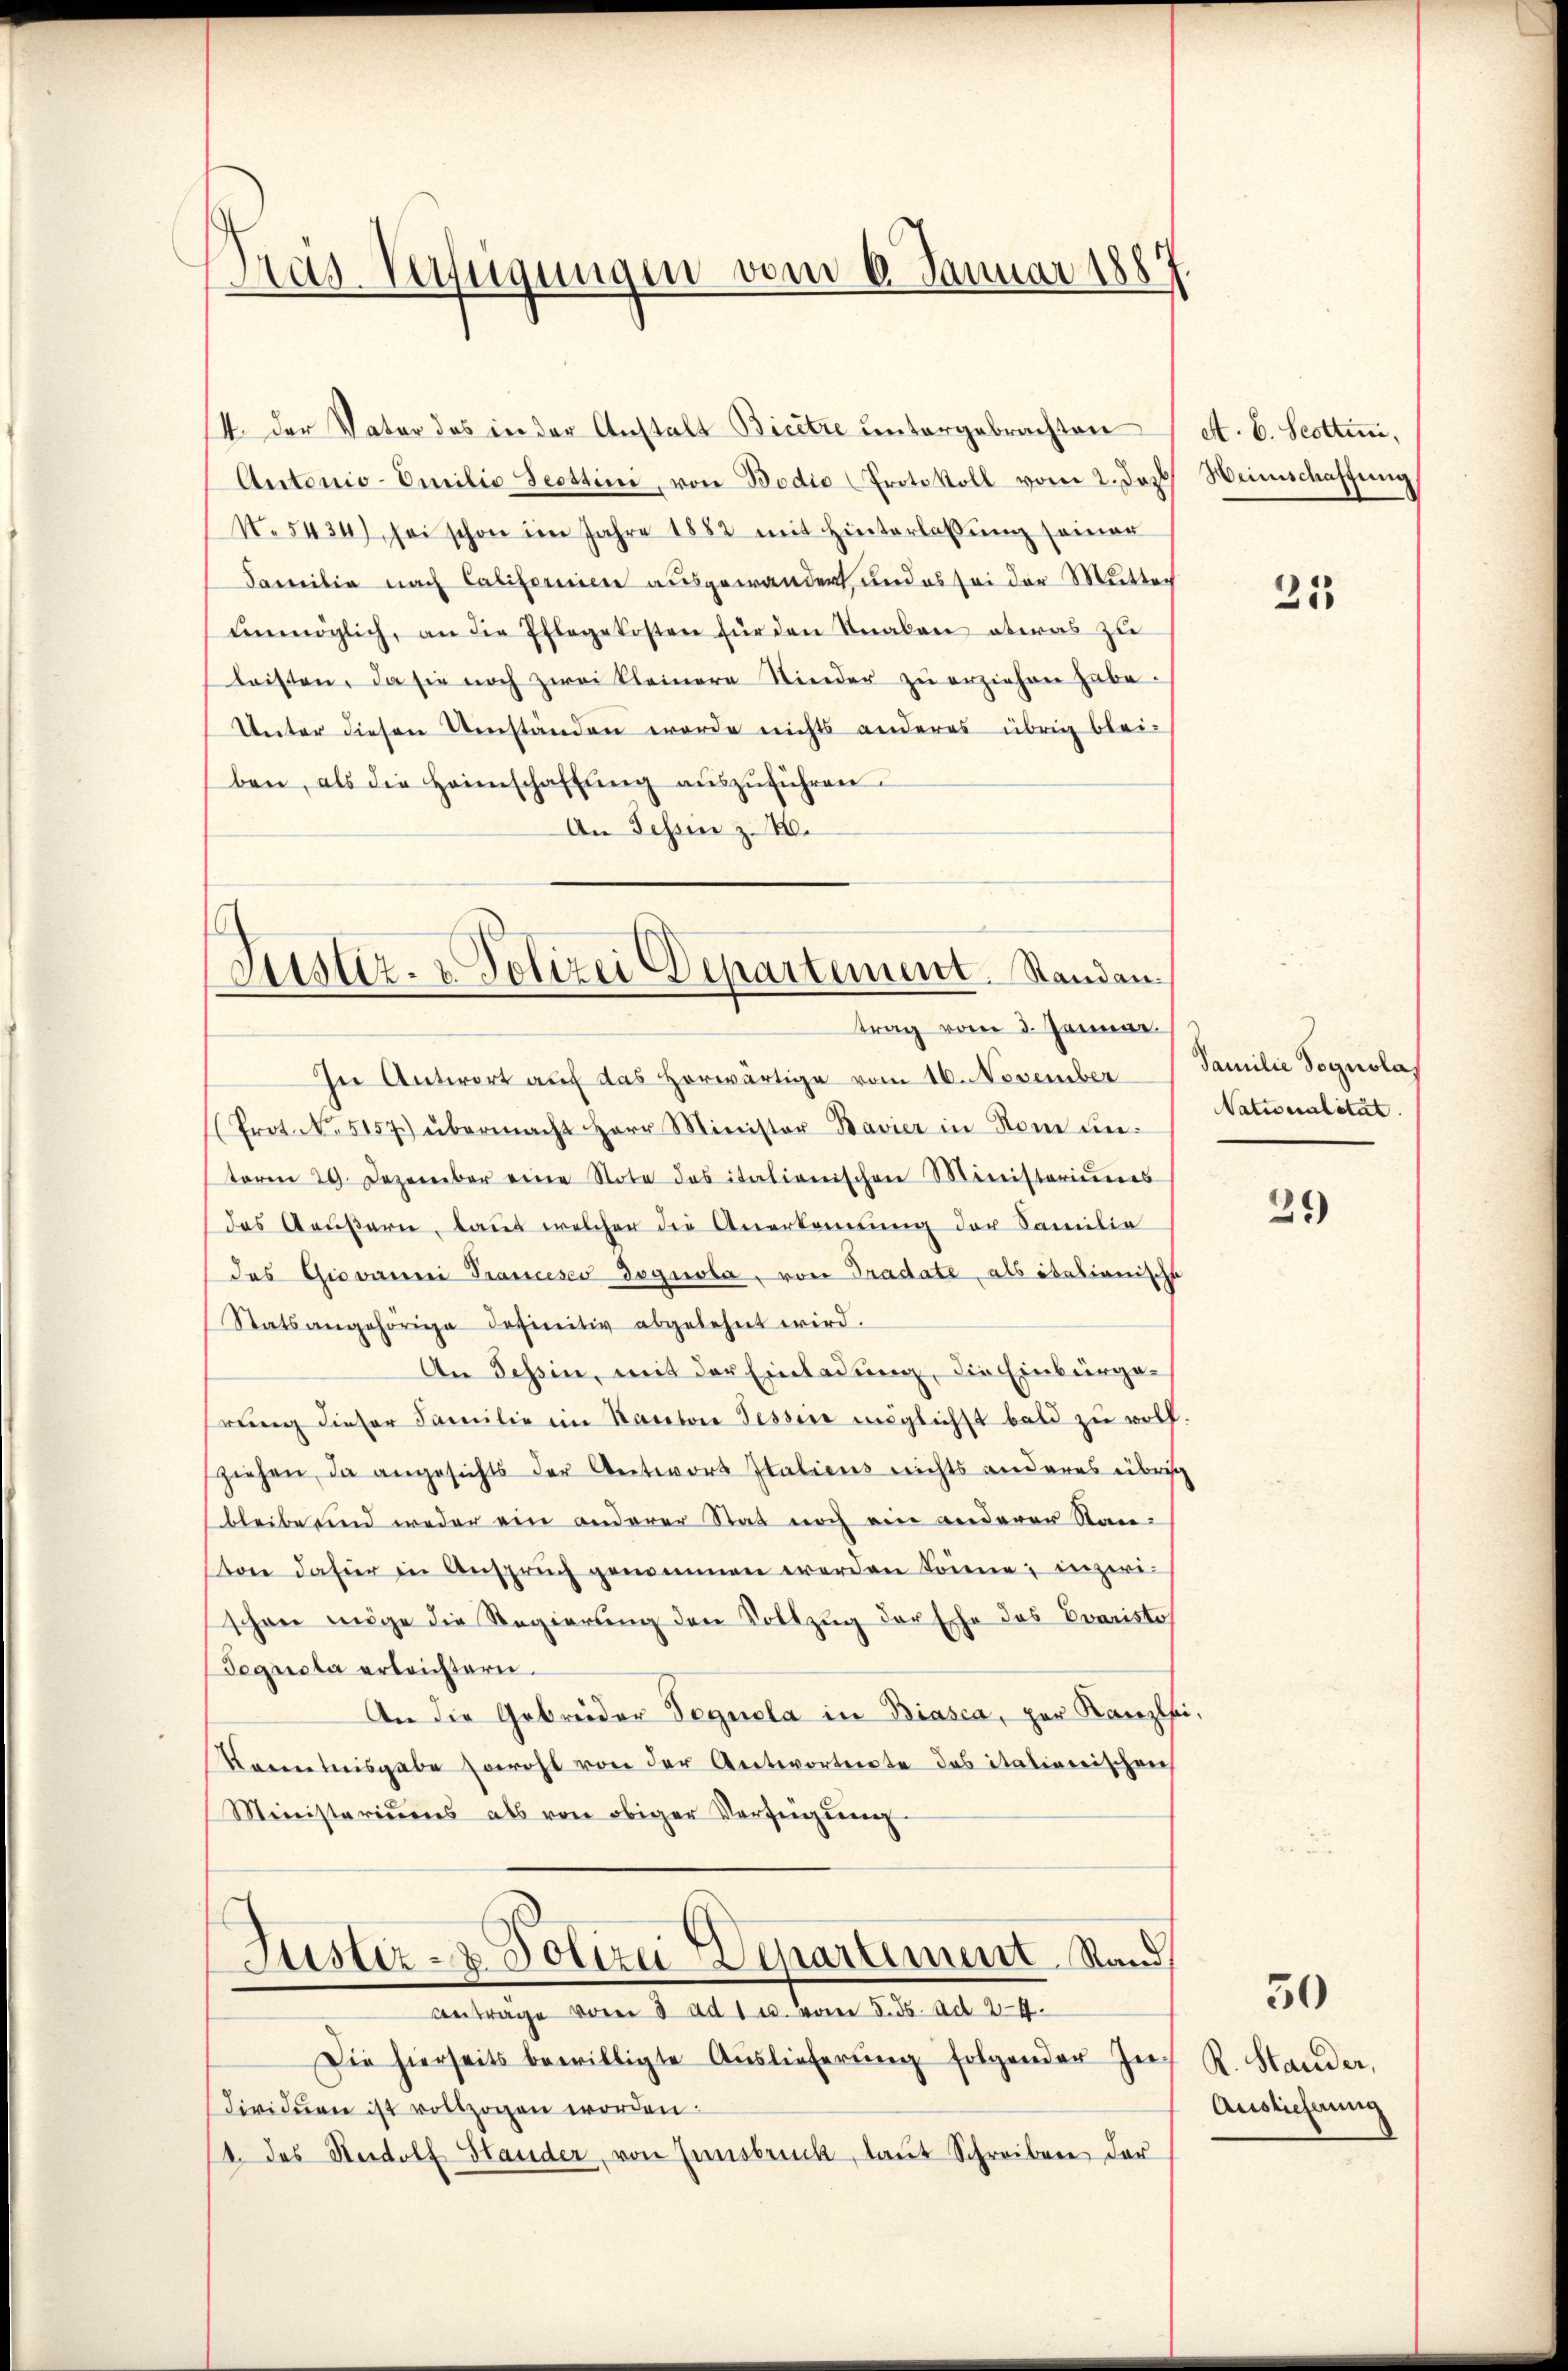
Pras-Verfügungen vom 6. Januar 1881

4. der Vater das in der Anstalt Bicetze untergebrachten
Antonio-Omilie Scottini, von Bodio (Protokoll vom 2. Das
N.5434) sei schon im Jahre 1882 mit Hinterlassŭng seiner
Familia nach Califormien ausgewandert, und es sei der Muttech
ŭnmöglich, an die Pflegekosten für den Knaben etwas zu
leisten. Da sie noch zwei Kleinere Kinder zu erziehen habe.
Unter diesen Umständen worde nichts anderes übrig blei-
ben, als die Heimschaffung auszuführen.
An Fessen z. B.
Justiz- & Polizei Departement. Standen.

In Antwort auf das herwärtige vom 16. November Familie Tognola
Prot. No. 5157) übermacht Herr Minister Bavier in Rom un-
term 29. Dezember eine Note des italienischen Ministeriums
das Aeußern, laut welcher die Anerkennung der Familie
das Giovanni Tranceses dognola, von Tradate, als italionische
Statsangehörige definitiv abgelehnt wird.
An Tessin, mit der Einladung, die Einbürgerŭng dieser Familie im Kanton Tessine möglichst bald zŭ wolf.
ziehen, da angesichts der Antwort Italiens nichts anderes übrig
bleibe und weder ein anderer Stat noch ein anderer Stanston dafür in Anspruch genommen werden könne; inzeri-
schon möge die Regierung den Vollzug der Ehe das Evariste
Tegucta erleichtern.
An die Gebrüder Segnola in Biasca, zur Kanzlei-
Kaminisgabe sowohl von der Antworteite das italienischen
Ministeriums als von obiger Verfügŭng
Justiz- & Polizei Departement Rand
Antrage vom 3. ad 1 u. vom 5. ds. ad 29.
Die hierseits bewilligte Aŭslieferŭng folgender In R. Stander,
dividuen ist vollzogen worden.
1. Das Rudolf Stander, von Ennsbruck, taut Schreiben der

trag vom 3. Januar.

A. E. Scottini,
Weinschaffung

21

Naturalität.

29)

30

Auslieferung